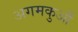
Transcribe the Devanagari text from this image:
अगमकुआँ